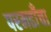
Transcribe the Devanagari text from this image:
परमढाँचा